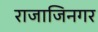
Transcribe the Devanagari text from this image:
राजाजिनगर